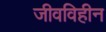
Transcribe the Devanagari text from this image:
जीवविहीन